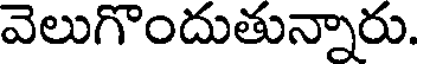
వెలుగొందుతున్నారు.